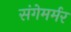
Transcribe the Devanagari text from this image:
संगेमर्मर